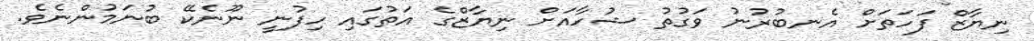
ނިޔާޒް ފަހަތަށް އެނބުރުނު ވަގުތު ޝުހާއަށް ނިޔާޒްގެ އަތުގައި ހިފުނީ ނޫނެކޭ ބުނަމުންނެވެ.